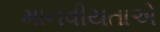
માનવીયતાએ